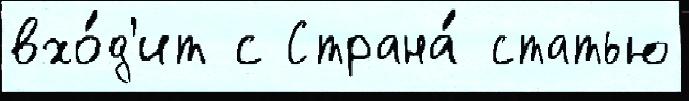
вхо́д'ит с Страна́ статью